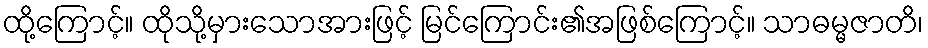
ထို့ကြောင့်။ ထိုသို့မှားသောအားဖြင့် မြင်ကြောင်း၏အဖြစ်ကြောင့်။ သာဓမ္မဇာတိ၊